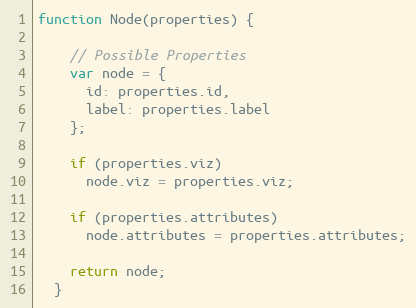
Language: JavaScript
function Node(properties) {

    // Possible Properties
    var node = {
      id: properties.id,
      label: properties.label
    };

    if (properties.viz)
      node.viz = properties.viz;

    if (properties.attributes)
      node.attributes = properties.attributes;

    return node;
  }